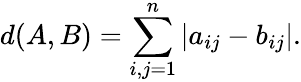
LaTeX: d(A,B)=\sum_{i,j=1}^{n}\vert a_{ij}-b_{ij}\vert.